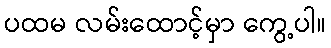
ပထမ လမ်းထောင့်မှာ ကွေ့ပါ။